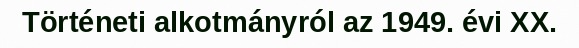
Történeti alkotmányról az 1949. évi XX.